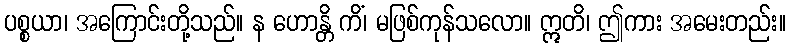
ပစ္စယာ၊ အကြောင်းတို့သည်။ န ဟောန္တိ ကိံ၊ မဖြစ်ကုန်သလော။ ဣတိ၊ ဤကား အမေးတည်း။